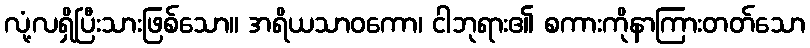
လုံ့လရှိပြီးသားဖြစ်သော။ အရိယသာဝကော၊ ငါဘုရား၏ စကားကိုနာကြားတတ်သော